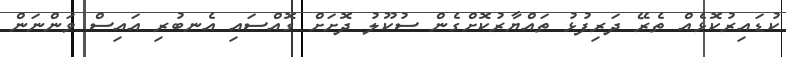
ކުޑައިރުކޮޅެއް ތެރޭ ދަރިފުޅު ތައްޔާރުކޮށްގެން ސުކޫލު ދޮށަށް ގޮއްސައި އެނބުރި އައިސް ވަންނަން